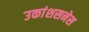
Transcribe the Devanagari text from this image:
उकांशसनेस